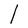
Character: l